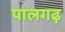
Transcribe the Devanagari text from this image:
पालगढ़